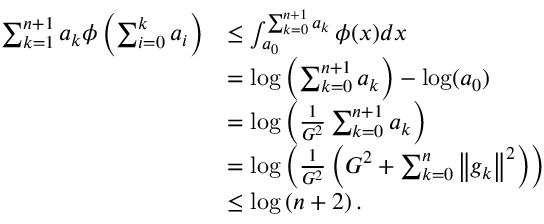
\begin{array} { r l } { \sum _ { k = 1 } ^ { n + 1 } a _ { k } \phi \left( \sum _ { i = 0 } ^ { k } a _ { i } \right) } & { \leq \int _ { a _ { 0 } } ^ { \sum _ { k = 0 } ^ { n + 1 } a _ { k } } \phi ( x ) d x } \\ & { = \log \left( \sum _ { k = 0 } ^ { n + 1 } a _ { k } \right) - \log ( a _ { 0 } ) } \\ & { = \log \left( \frac { 1 } { G ^ { 2 } } \sum _ { k = 0 } ^ { n + 1 } a _ { k } \right) } \\ & { = \log \left( \frac { 1 } { G ^ { 2 } } \left( G ^ { 2 } + \sum _ { k = 0 } ^ { n } \left\Vert g _ { k } \right\Vert ^ { 2 } \right) \right) } \\ & { \leq \log \left( n + 2 \right) . } \end{array}